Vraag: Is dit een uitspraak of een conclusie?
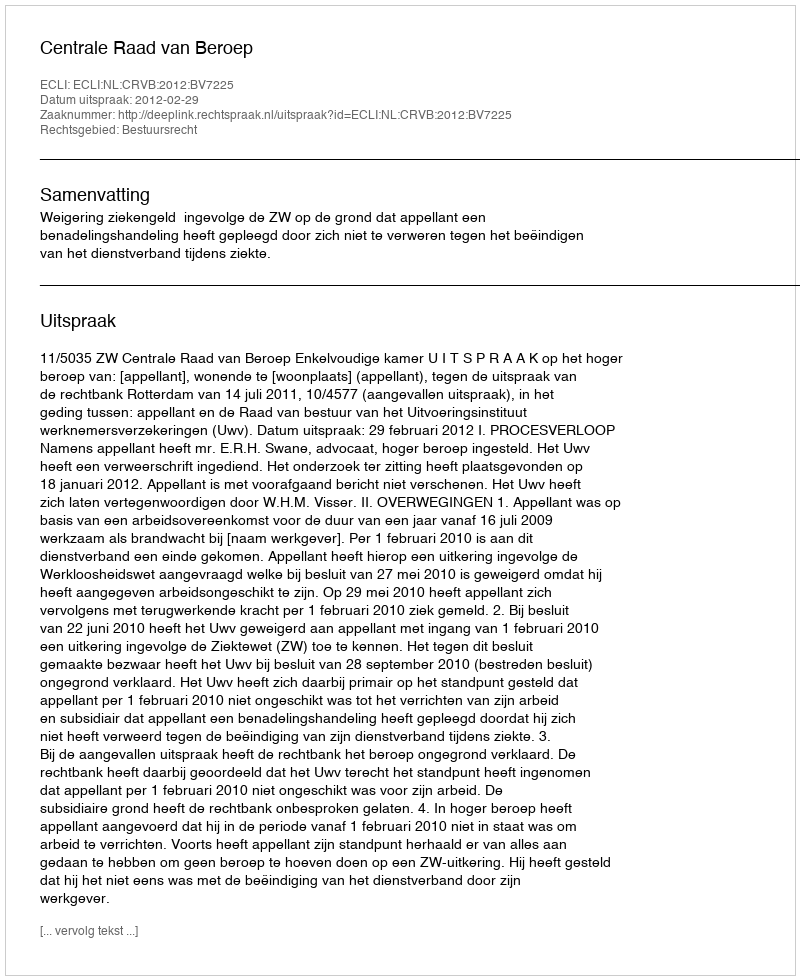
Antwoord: Uitspraak